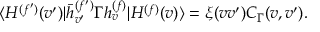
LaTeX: \langle { \cal H } ^ { ( f ^ { \prime } ) } ( v ^ { \prime } ) | \bar { h } _ { v ^ { \prime } } ^ { ( f ^ { \prime } ) } \Gamma h _ { v } ^ { ( f ) } | { \cal H } ^ { ( f ) } ( v ) \rangle = \xi ( v v ^ { \prime } ) C _ { \Gamma } ( v , v ^ { \prime } ) .